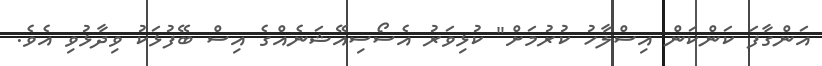
އަންގާފަ ކަންކަން އިސްލާހު ކުރުމަށް" ކުޅިވަރު އެސޯސިއޭޝަނެއްގެ އިސް ބޭފުޅަކު ވިދާޅުވި އެވެ.